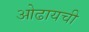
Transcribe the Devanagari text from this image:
ओढायची